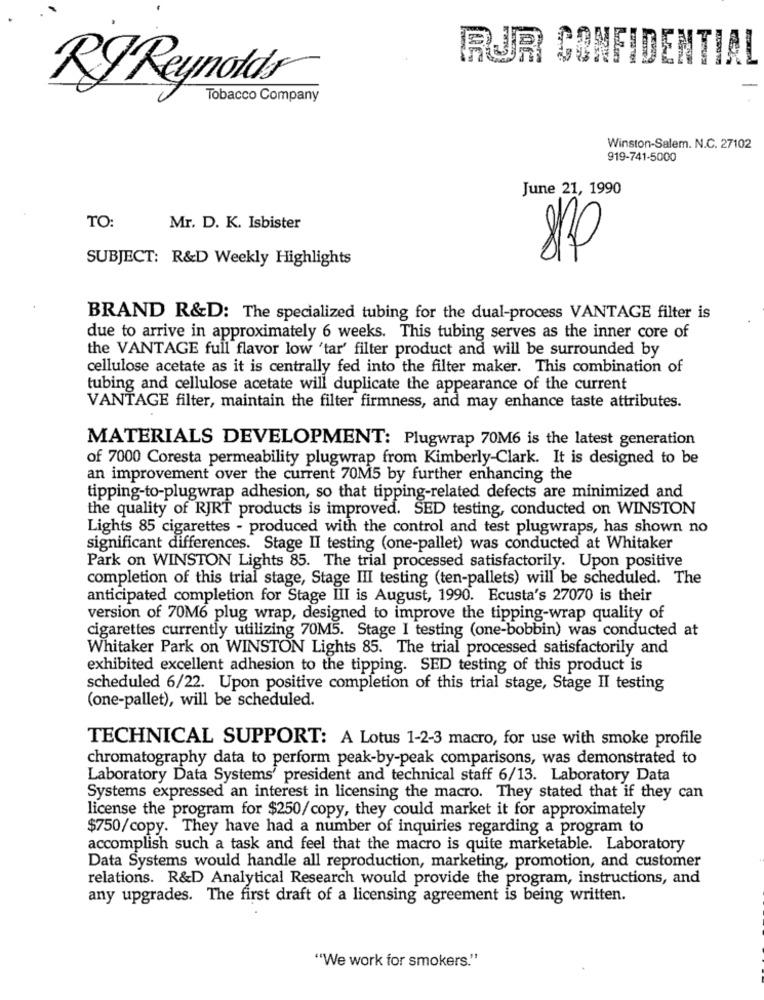
RUR CONFIDENTIAL
RJ Reynolds
Tobacco Company
Winston-Salem. N.C. 27102
919-741-5000
June 21, 1990
TO:
Mr. D. K. Isbister
SUBJECT: R&D Weekly Highlights
BRAND R&D: The specialized tubing for the dual-process VANTAGE filter is
due to arrive in approximately 6 weeks. This tubing serves as the inner core of
the VANTAGE full flavor low 'tar' filter product and will be surrounded by
cellulose acetate as it is centrally fed into the filter maker. This combination of
tubing and cellulose acetate will duplicate the appearance of the current
VANTAGE filter, maintain the filter firmness, and may enhance taste attributes.
MATERIALS DEVELOPMENT: Plugwrap 70M6 is the latest generation
of 7000 Coresta permeability plugwrap from Kimberly-Clark. It is designed to be
an improvement over the current 70M5 by further enhancing the
tipping-to-plugwrap adhesion, so that tipping-related defects are minimized and
the quality of RJRT products is improved. SED testing, conducted on WINSTON
Lights 85 cigarettes - produced with the control and test plugwraps, has shown no
significant differences. Stage II testing (one-pallet) was conducted at Whitaker
Park on WINSTON Lights 85. The trial processed satisfactorily. Upon positive
completion of this trial stage, Stage III testing (ten-pallets) will be scheduled. The
anticipated completion for Stage III is August, 1990. Ecusta's 27070 is their
version of 70M6 plug wrap, designed to improve the tipping-wrap quality of
cigarettes currently utilizing 70M5. Stage I testing (one-bobbin) was conducted at
Whitaker Park on WINSTON Lights 85. The trial processed satisfactorily and
exhibited excellent adhesion to the tipping. SED testing of this product is
scheduled 6/22. Upon positive completion of this trial stage, Stage II testing
(one-pallet), will be scheduled.
TECHNICAL SUPPORT: A Lotus 1-2-3 macro, for use with smoke profile
chromatography data to perform peak-by-peak comparisons, was demonstrated to
Laboratory Data Systems' president and technical staff 6/13. Laboratory Data
Systems expressed an interest in licensing the macro. They stated that if they can
license the program for $250/copy, they could market it for approximately
$750/copy. They have had a number of inquiries regarding a program to
accomplish such a task and feel that the macro is quite marketable. Laboratory
Data Systems would handle all reproduction, marketing, promotion, and customer
relations. R&D Analytical Research would provide the program, instructions, and
any upgrades. The first draft of a licensing agreement is being written.
"We work for smokers."